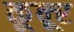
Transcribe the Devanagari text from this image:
कून्‍ूर